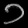
Digit: ၁